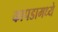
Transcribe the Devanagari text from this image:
कापडामध्ये